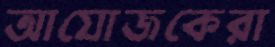
আযোজকেরা